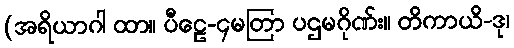
(အရိယာဂါ ထာ။ ပီဠေ-၄မတြာ ပဌမဂိုဏ်း။ တိကာယိ-ဒု၊